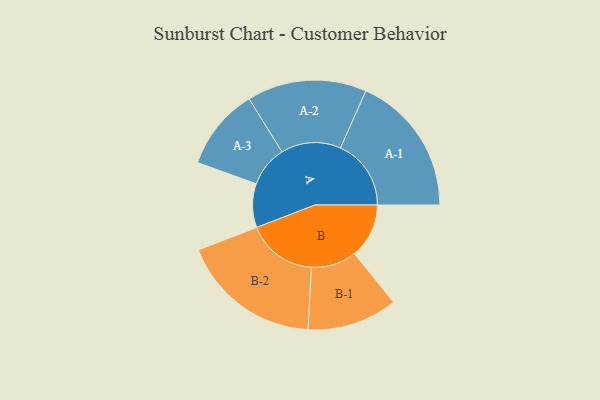
{"axis": {"x": "Segment", "y": "Value"}, "legend": ["", "A", "B"], "data": [{"x": "A", "y": 170, "type": ""}, {"x": "B", "y": 212, "type": ""}, {"x": "A-1", "y": 274, "type": "A"}, {"x": "A-2", "y": 232, "type": "A"}, {"x": "A-3", "y": 159, "type": "A"}, {"x": "B-1", "y": 175, "type": "B"}, {"x": "B-2", "y": 273, "type": "B"}]}